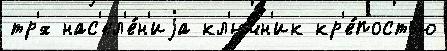
тр'́х нас'ел'е́н'иjа кл'ючн'ик кр'е́постью